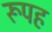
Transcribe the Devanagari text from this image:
रूपह